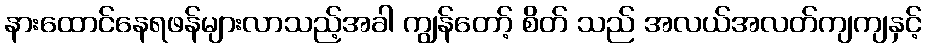
နားထောင်နေရဖန်များလာသည့်အခါ ကျွန်တော့် စိတ် သည် အလယ်အလတ်ကျကျနှင့်